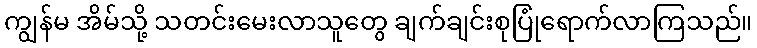
ကျွန်မ အိမ်သို့ သတင်းမေးလာသူတွေ ချက်ချင်းစုပြုံရောက်လာကြသည်။